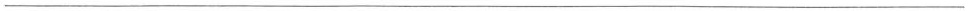
___